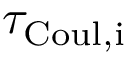
\tau _ { \mathrm { C o u l , i } }